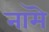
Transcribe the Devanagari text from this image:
नामॆ